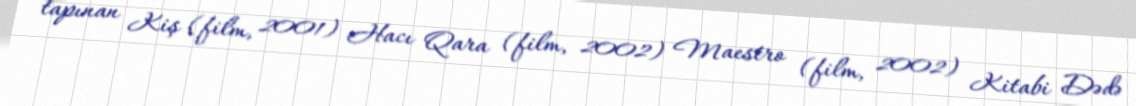
tapınan Kiş (film, 2001) Hacı Qara (film, 2002) Maestro (film, 2002) Kitabi Dədə